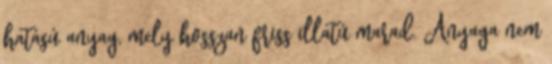
hatású anyag, mely hosszan friss illatú marad. Anyaga nem